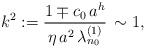
\begin{align*}k^2 := \frac{1 \mp c_{0} \, a^h}{\eta \, a^2 \, \lambda_{n_{0}}^{(1)}} \, \sim 1,\end{align*}